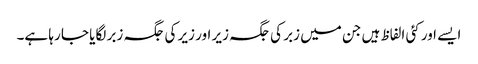
ایسے اور کئی الفاظ ہیں جن میں زبر کی جگہ زیر اور زیر کی جگہ زبر لگایا جا رہا ہے۔